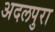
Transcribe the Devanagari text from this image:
अदलपुरा